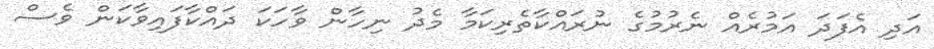
އަދި އެފަދަ އަމުރެއް ނެރުމުގެ ނުރައްކާތެރިކަމާ މެދު ނިހާން ވާހަކަ ދައްކާފައިވާކަން ވެސް